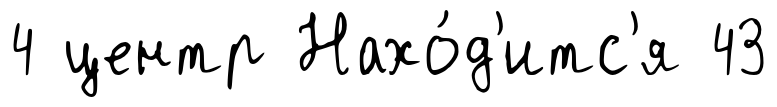
4 центр Нахо́д'итс'я 43